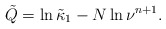
\begin{align*}\tilde{Q}=\ln\tilde{\kappa}_1-N\ln \nu^{n+1}.\end{align*}